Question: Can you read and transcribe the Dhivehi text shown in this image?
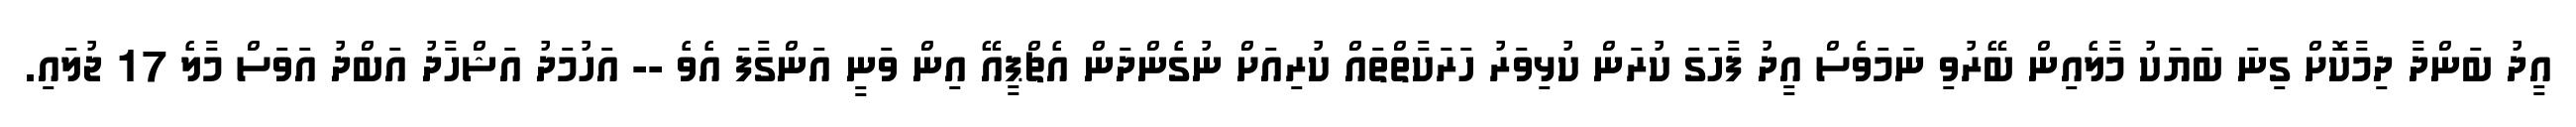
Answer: އީދު ބަންދާ ދިމާކޮށް ގިނަ ބަޔަކު މާލެއިން ބޭރުވި ނަމަވެސް އީދު ފާހަގަ ކުރަން ކުޅިވަރު ހަރަކާތްތައް ކުރިއަށް ނުގެންދަން އެޗްޕީއޭ އިން ވަނީ އަންގާފަ އެވެ -- އަހުމަދު އަޝްހާދު އަބްދު އަވަސް މާލެ 17 ޖުލައި.